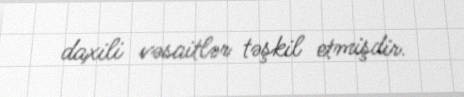
daxili vəsaitlər təşkil etmişdir.